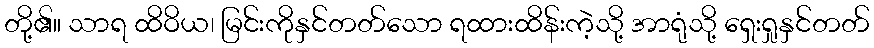
တို့၏။ သာရ ထိဝိယ၊ မြင်းကိုနှင်တတ်သော ရထားထိန်းကဲ့သို့ အာရုံသို့ ရှေးရှုနှင်တတ်